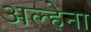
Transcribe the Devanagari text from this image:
अल्हेना